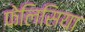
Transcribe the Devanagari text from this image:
फेलिसिया